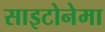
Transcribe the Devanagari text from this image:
साइटोनेमा